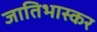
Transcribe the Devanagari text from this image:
जातिभास्कर